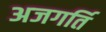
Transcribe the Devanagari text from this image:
अजगर्ति